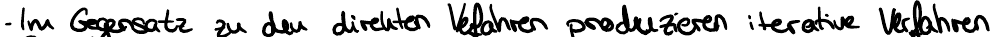
- Im Gegensatz zu den direkten Verfahren produzieren iterative Verfahren